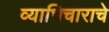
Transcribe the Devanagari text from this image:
व्याभिचाराचे